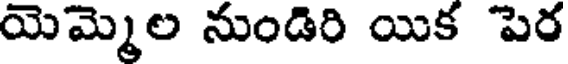
యెమ్మెల నుండిరి యిక పెర